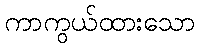
ကာကွယ်ထားသော